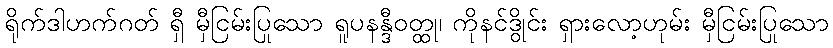
ရိုက်ဒါဟက်ဂတ် ရှီ မှီငြမ်းပြုသော ရူပနန္ဒီဝတ္ထု၊ ကိုနင်ဒွိုင်း ရှားလော့ဟုမ်း မှီငြမ်းပြုသော